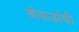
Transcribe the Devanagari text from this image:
बोकडांची